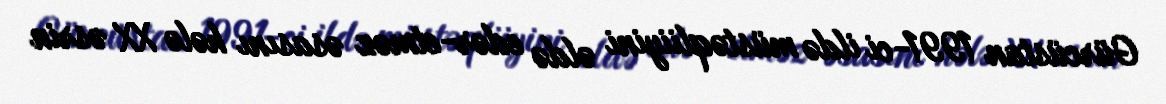
Gürcüstan 1991-ci ildə müstəqliiyini əldə edər-etməz əsasını hələ XX əsrin